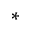
\ast